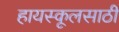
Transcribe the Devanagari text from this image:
हायस्कूलसाठी